Vaccination in Bombay 1874-1876 - 1874-1876
Year: 1874
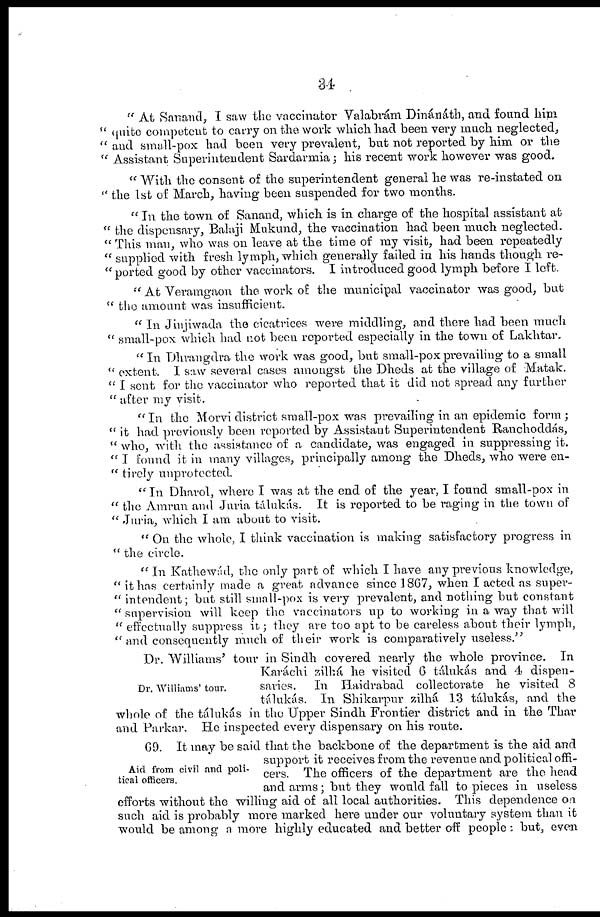
34
" At Sanand, I saw the vaccinator Valabrám Dinánáth, and found him
" quite competent to carry on the work which had been very much neglected,
" and small-pox had been very prevalent, but not reported by him or the
"Assistant Superintendent Sardarmia; his recent work however was good.
" With the consent of the superintendent general he was re-instated on
" the 1st of March, having been suspended for two months.
" In the town of Sanand, which is in charge of the hospital assistant at
" the dispensary, Balaji Mukund, the vaccination had been much neglected.
" This man, who was on leave at the time of my visit, had been repeatedly
" supplied with fresh lymph, which generally failed in his hands though re¬
" ported good by other vaccinators. I introduced good lymph before I left.
" At Veramgaon the work of. the municipal vaccinator was good, but
" the amount was insufficient.
" In Jinjiwada the cicatrices were middling, and there had been much
" small-pox which had not been reported especially in the town of Lakhtar.
" In Dhrangdra the work was good, but small-pox prevailing to a small
" extent. I saw several cases amongst the Dheds at the village of Matak.
" I sent for the vaccinator who reported that it did not spread any further
" after my visit.
" In the Morvi district small-pox was prevailing in an epidemic form ;
" it had previously been reported by Assistant Superintendent Ranchoddás,
" who, with the assistance of a candidate, was engaged in suppressing it.
" I found it in many villages, principally among the Dheds, who were en¬
" tirely unprotected.
" In Dharol, where I was at the end of the year, I found small-pox in
" the Amrun and Juria tálukás. It is reported to be raging in the town of
" Juria, which I am about to visit.
" On the whole, I think vaccination is making satisfactory progress in
" the circle.
" In Kathewád, the only part of which I have any previous knowledge,
" it has certainly made a great advance since 1867, when I acted as super¬
" intendent; but still small-pox is very prevalent, and nothing but constant
" supervision will keep the vaccinators up to working in a way that will
" effectually suppress it; they are too apt to be careless about their lymph,
" and consequently much of their work is comparatively useless."
Dr. Williams' tour.
Dr. Williams' tour in Sindh covered nearly the whole province. In
Karáchi zilhá he visited 6 tálukás and 4 dispen-
saries. In Haidrabad collectorate he visited 8
tálukás. In Shikarpur zilhá 13 tálukás, and the
whole of the tálukás in the Upper Sindh Frontier district and in the Thar
and Parkar. He inspected every dispensary on his route.
Aid from civil and poli-
tical officers.
69. It may be said that the backbone of the department is the aid and
support it receives from the revenue and political offi-
cers. The officers of the department are the head
and arms; but they would fall to pieces in useless
efforts without the willing aid of all local authorities. This dependence on
such aid is probably more marked here under our voluntary system than it
would be among a more highly educated and better off people : but, even